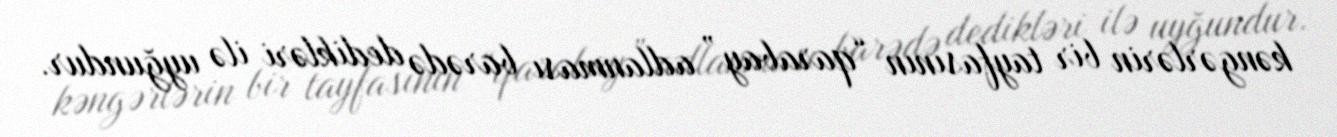
kəngərlərin bir tayfasının “qarabay” adlanması barədə dedikləri ilə uyğundur.